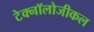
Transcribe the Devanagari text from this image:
टेक्नॉलोजीकल